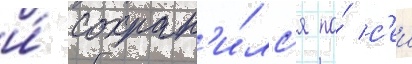
и́ сохран'и́лс'я по́ с'еи